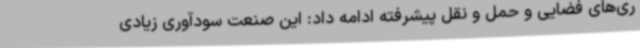
ری‌های فضایی و حمل و نقل پیشرفته ادامه داد: این صنعت سودآوری زیادی